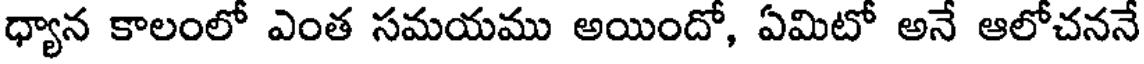
ధ్యాన కాలంలో ఎంత సమయము అయిందో, ఏమిటో అనే ఆలోచననే